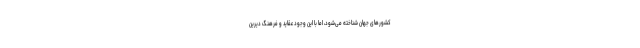
کشور‌های جهان شناخته می‌شود، اما با این وجود عقاید و فرهنگ دیرین